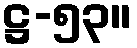
ဋ္ဌ-၅၃။